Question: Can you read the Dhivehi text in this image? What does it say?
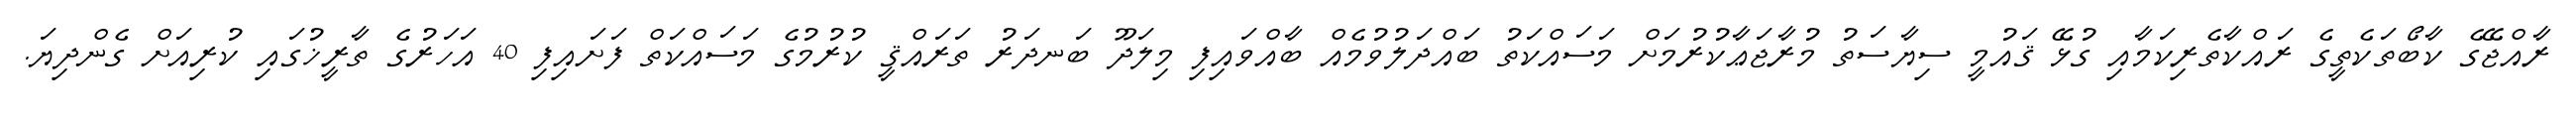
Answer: ރާއްޖޭގެ ކާބޯތަކެތީގެ ރައްކާތެރިކަމާއި ގުޅޭ ޤައުމީ ސިޔާސަތު މުރާޖަޢާކުރުމަށް މަސައްކަތު ބައްދަލުވުމެއް ބާއްވައިފި މިލަދޫ ބަނދަރު ތަރައްޤީ ކުރުމުގެ މަސައްކަތް ފަށައިފި 40 އަހަރުގެ ތާރީޚުގައި ކުރިއަށް ގެންދިޔަ.